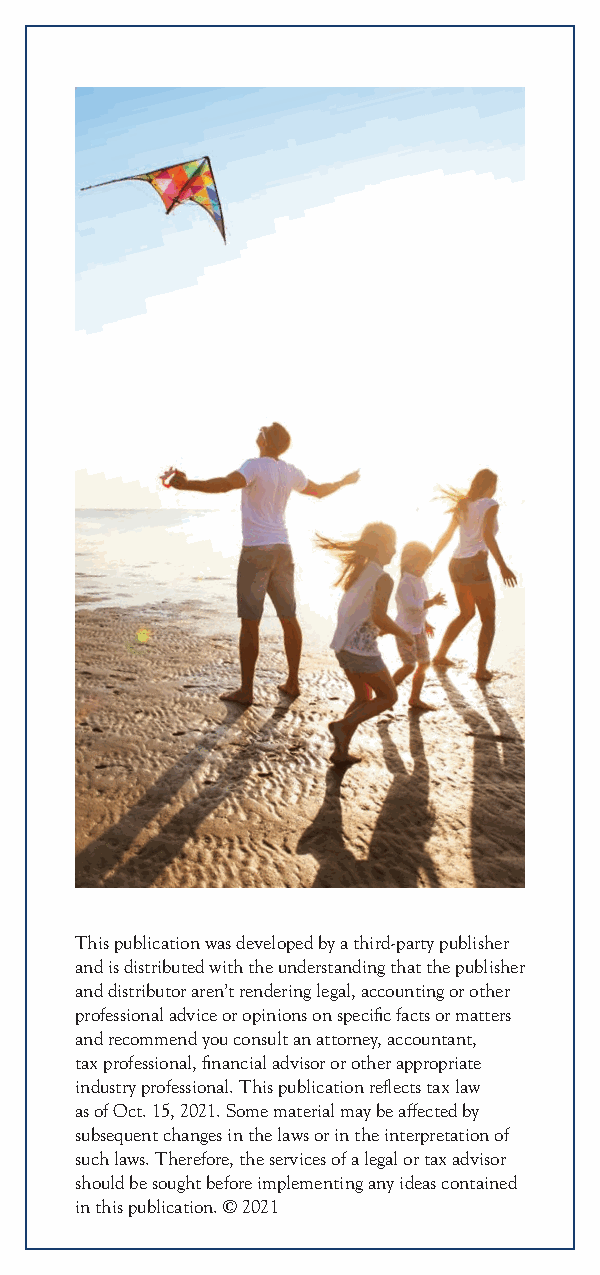
This publication was developed by a third-party publisher
 and is distributed with the understanding that the publisher
 and distributor aren’t rendering legal, accounting or other
 professional advice or opinions on specific facts or matters
 and recommend you consult an attorney, accountant,
 tax professional, financial advisor or other appropriate
 industry professional. This publication reflects tax law
 as of Oct. 15, 2021. Some material may be affected by
 subsequent changes in the laws or in the interpretation of
 such laws. Therefore, the services of a legal or tax advisor
 should be sought before implementing any ideas contained
 in this publication. © 2021